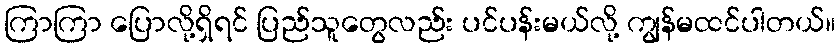
ကြာကြာ ပြောလို့ရှိရင် ပြည်သူတွေလည်း ပင်ပန်းမယ်လို့ ကျွန်မထင်ပါတယ်။